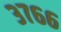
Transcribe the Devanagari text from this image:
३७६६